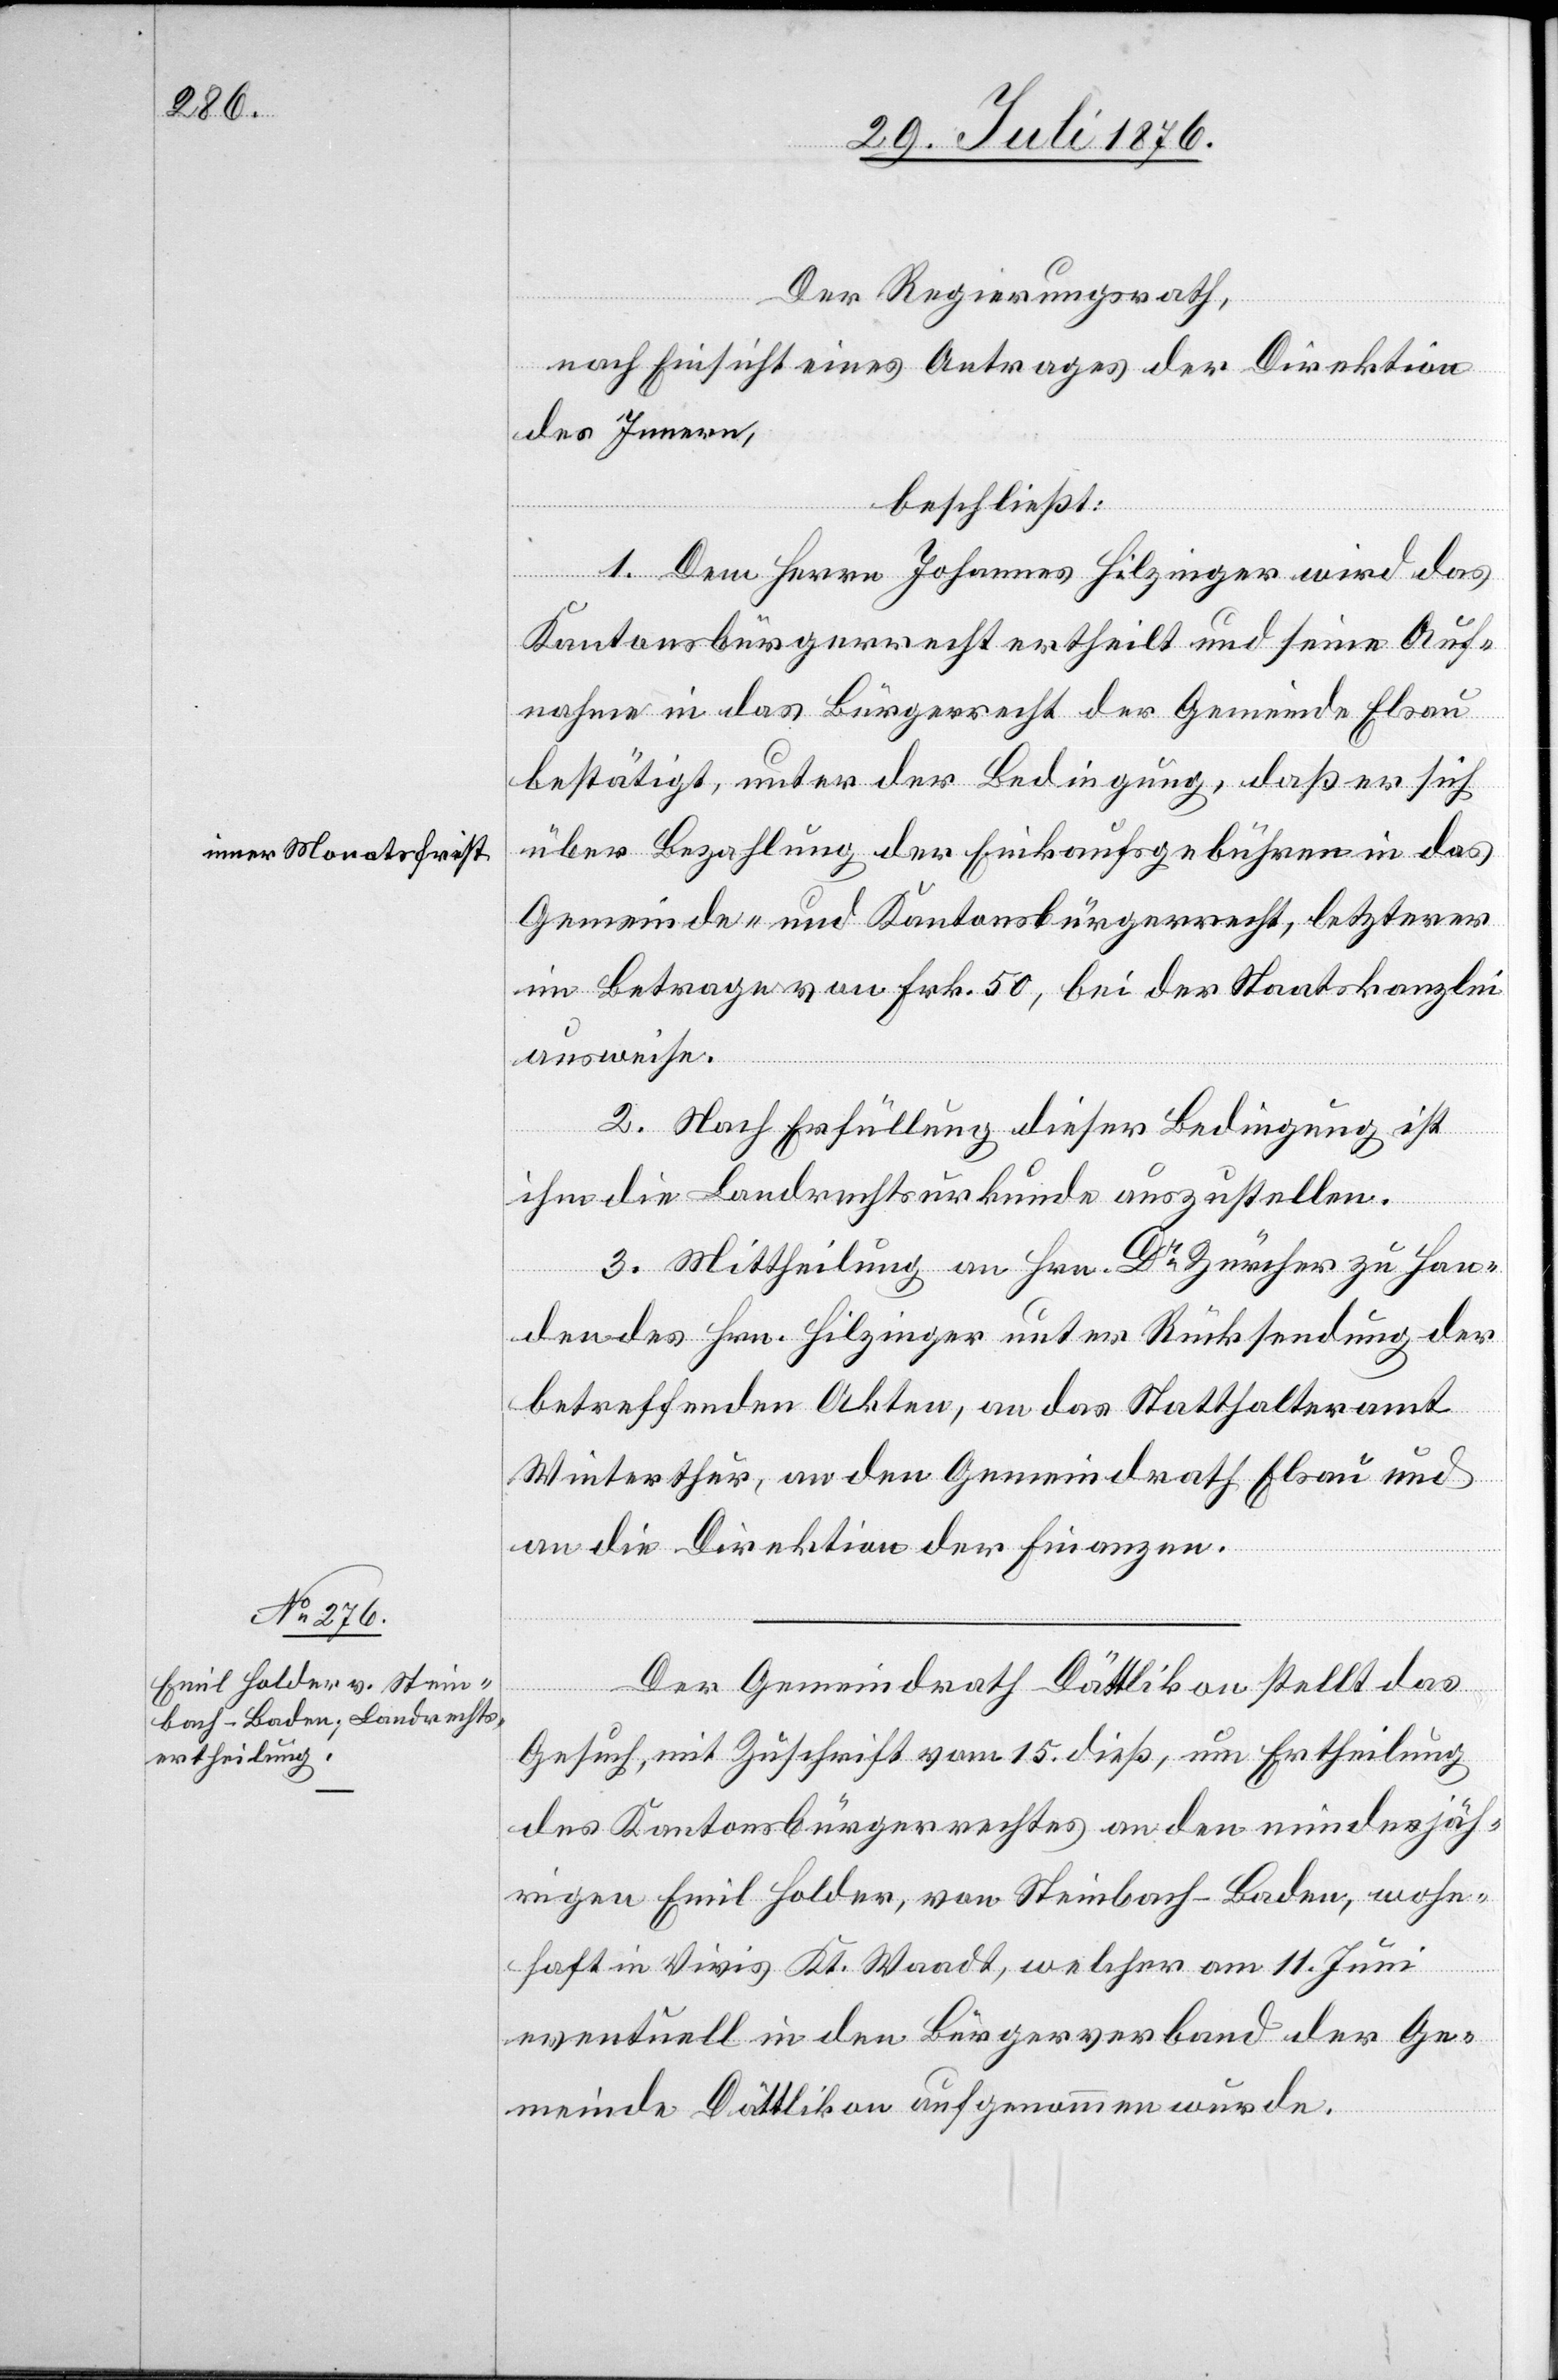
Der Regierungsrath,
nach Einsicht eines Antrages der Direktion
des Innern,
beschließt:
1. Dem Herrn Johannes Hilzinger wird das
Kantonsbürgerrecht ertheilt und seine Auf¬
nahme in das Bürgerrecht der Gemeinde Elsau
bestätigt, unter der Bedingung, daß er sich
über Bezahlung der Einkaufsgebühren in das
Gemeinde- und Kantonsbürgerrecht, letzterer
im Betrage von Frk. 50, bei der Staatskanzlei
ausweise.
2. Nach Erfüllung dieser Bedingung ist
ihm die Landrechtsurkunde auszustellen.
der
3. Mittheilung an Hrn. Dr Zürcher zu Han¬
betreffenden Akten, an das Statthalteramt
Winterthur, an den Gemeindrath Elsau und
an die Direktion der Finanzen.
Der Gemeindrath Dättlikon stellt das
Gesuch, mit Zuschrift vom 15. dies, um Ertheilung
des Kantonsbürgerrechtes an den minderjäh¬
rigen Emil Holder, von Steinbach - Baden, wohn¬
haft in Vivis Kt. Waadt, welcher am 11. Juni
eventuell in den Bürgerverband der Ge¬
meinde Dättlikon aufgenommen wurde.